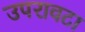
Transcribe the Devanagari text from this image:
उपरावटा